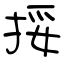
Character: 挼